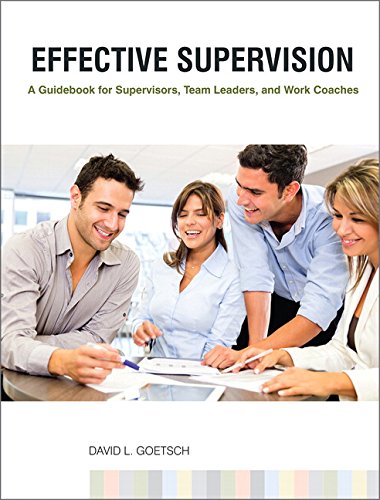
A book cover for Effective Supervision: A Guidebook for Supervisors, Team Leaders, and Work Coaches; David L. Goetsch; Medical Books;